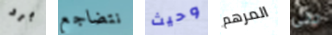
برد نتضاجع وحيث المرهم حتى